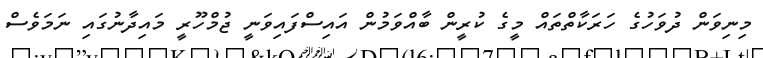
މިނިވަން ދުވަހުގެ ހަރަކާތްތައް މީގެ ކުރީން ބާއްވަމުން އައިސްފައިވަނީ ޖުމްހޫރީ މައިދާނުގައި ނަމަވެސް